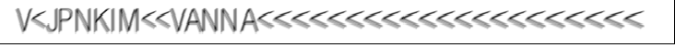
V<JPNKIM<<VANNA<<<<<<<<<<<<<<<<<<<<<